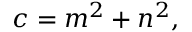
c = m ^ { 2 } + n ^ { 2 } ,